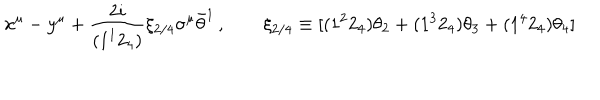
x ^ { \mu } - y ^ { \mu } + \frac { 2 i } { ( 1 ^ { 1 } 2 _ { 4 } ) } \xi _ { 2 / 4 } \sigma ^ { \mu } \bar { \theta } ^ { 1 } \, , \qquad \xi _ { 2 / 4 } \equiv [ ( 1 ^ { 2 } 2 _ { 4 } ) \theta _ { 2 } + ( 1 ^ { 3 } 2 _ { 4 } ) \theta _ { 3 } + ( 1 ^ { 4 } 2 _ { 4 } ) \theta _ { 4 } ]